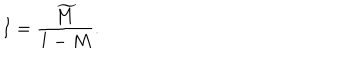
I = { \frac { \widetilde M } { 1 - M } } .